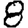
Digit: 8